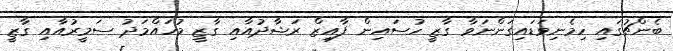
ބެންޗުގައި ހިމެނިވަޑައިގަންނަވާ ގާޒީ ހުސައިން ފާއިޒް ރަޝާދުއާއި ގާޒީ މުހައްމަދު ސަމީރުއާއި ގާޒީ